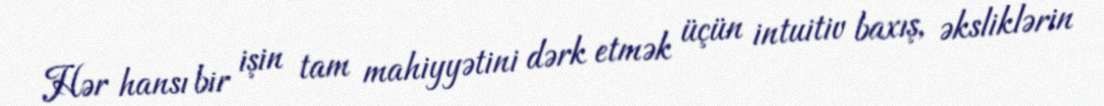
Hər hansı bir işin tam mahiyyətini dərk etmək üçün intuitiv baxış, əksliklərin